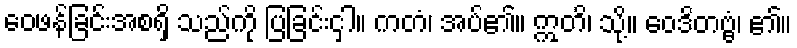
ဝေဖန်ခြင်းအစရှိ သည်ကို ပြခြင်းငှါ။ ကတံ၊ အပ်၏။ ဣတိ၊ သို့။ ဝေဒိတဗ္ဗံ၊ ၏။